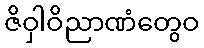
ဇိဝှါဝိညာဏံတွေဝ